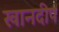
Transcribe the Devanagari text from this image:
खानदीप